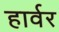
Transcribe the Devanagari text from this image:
हार्वर